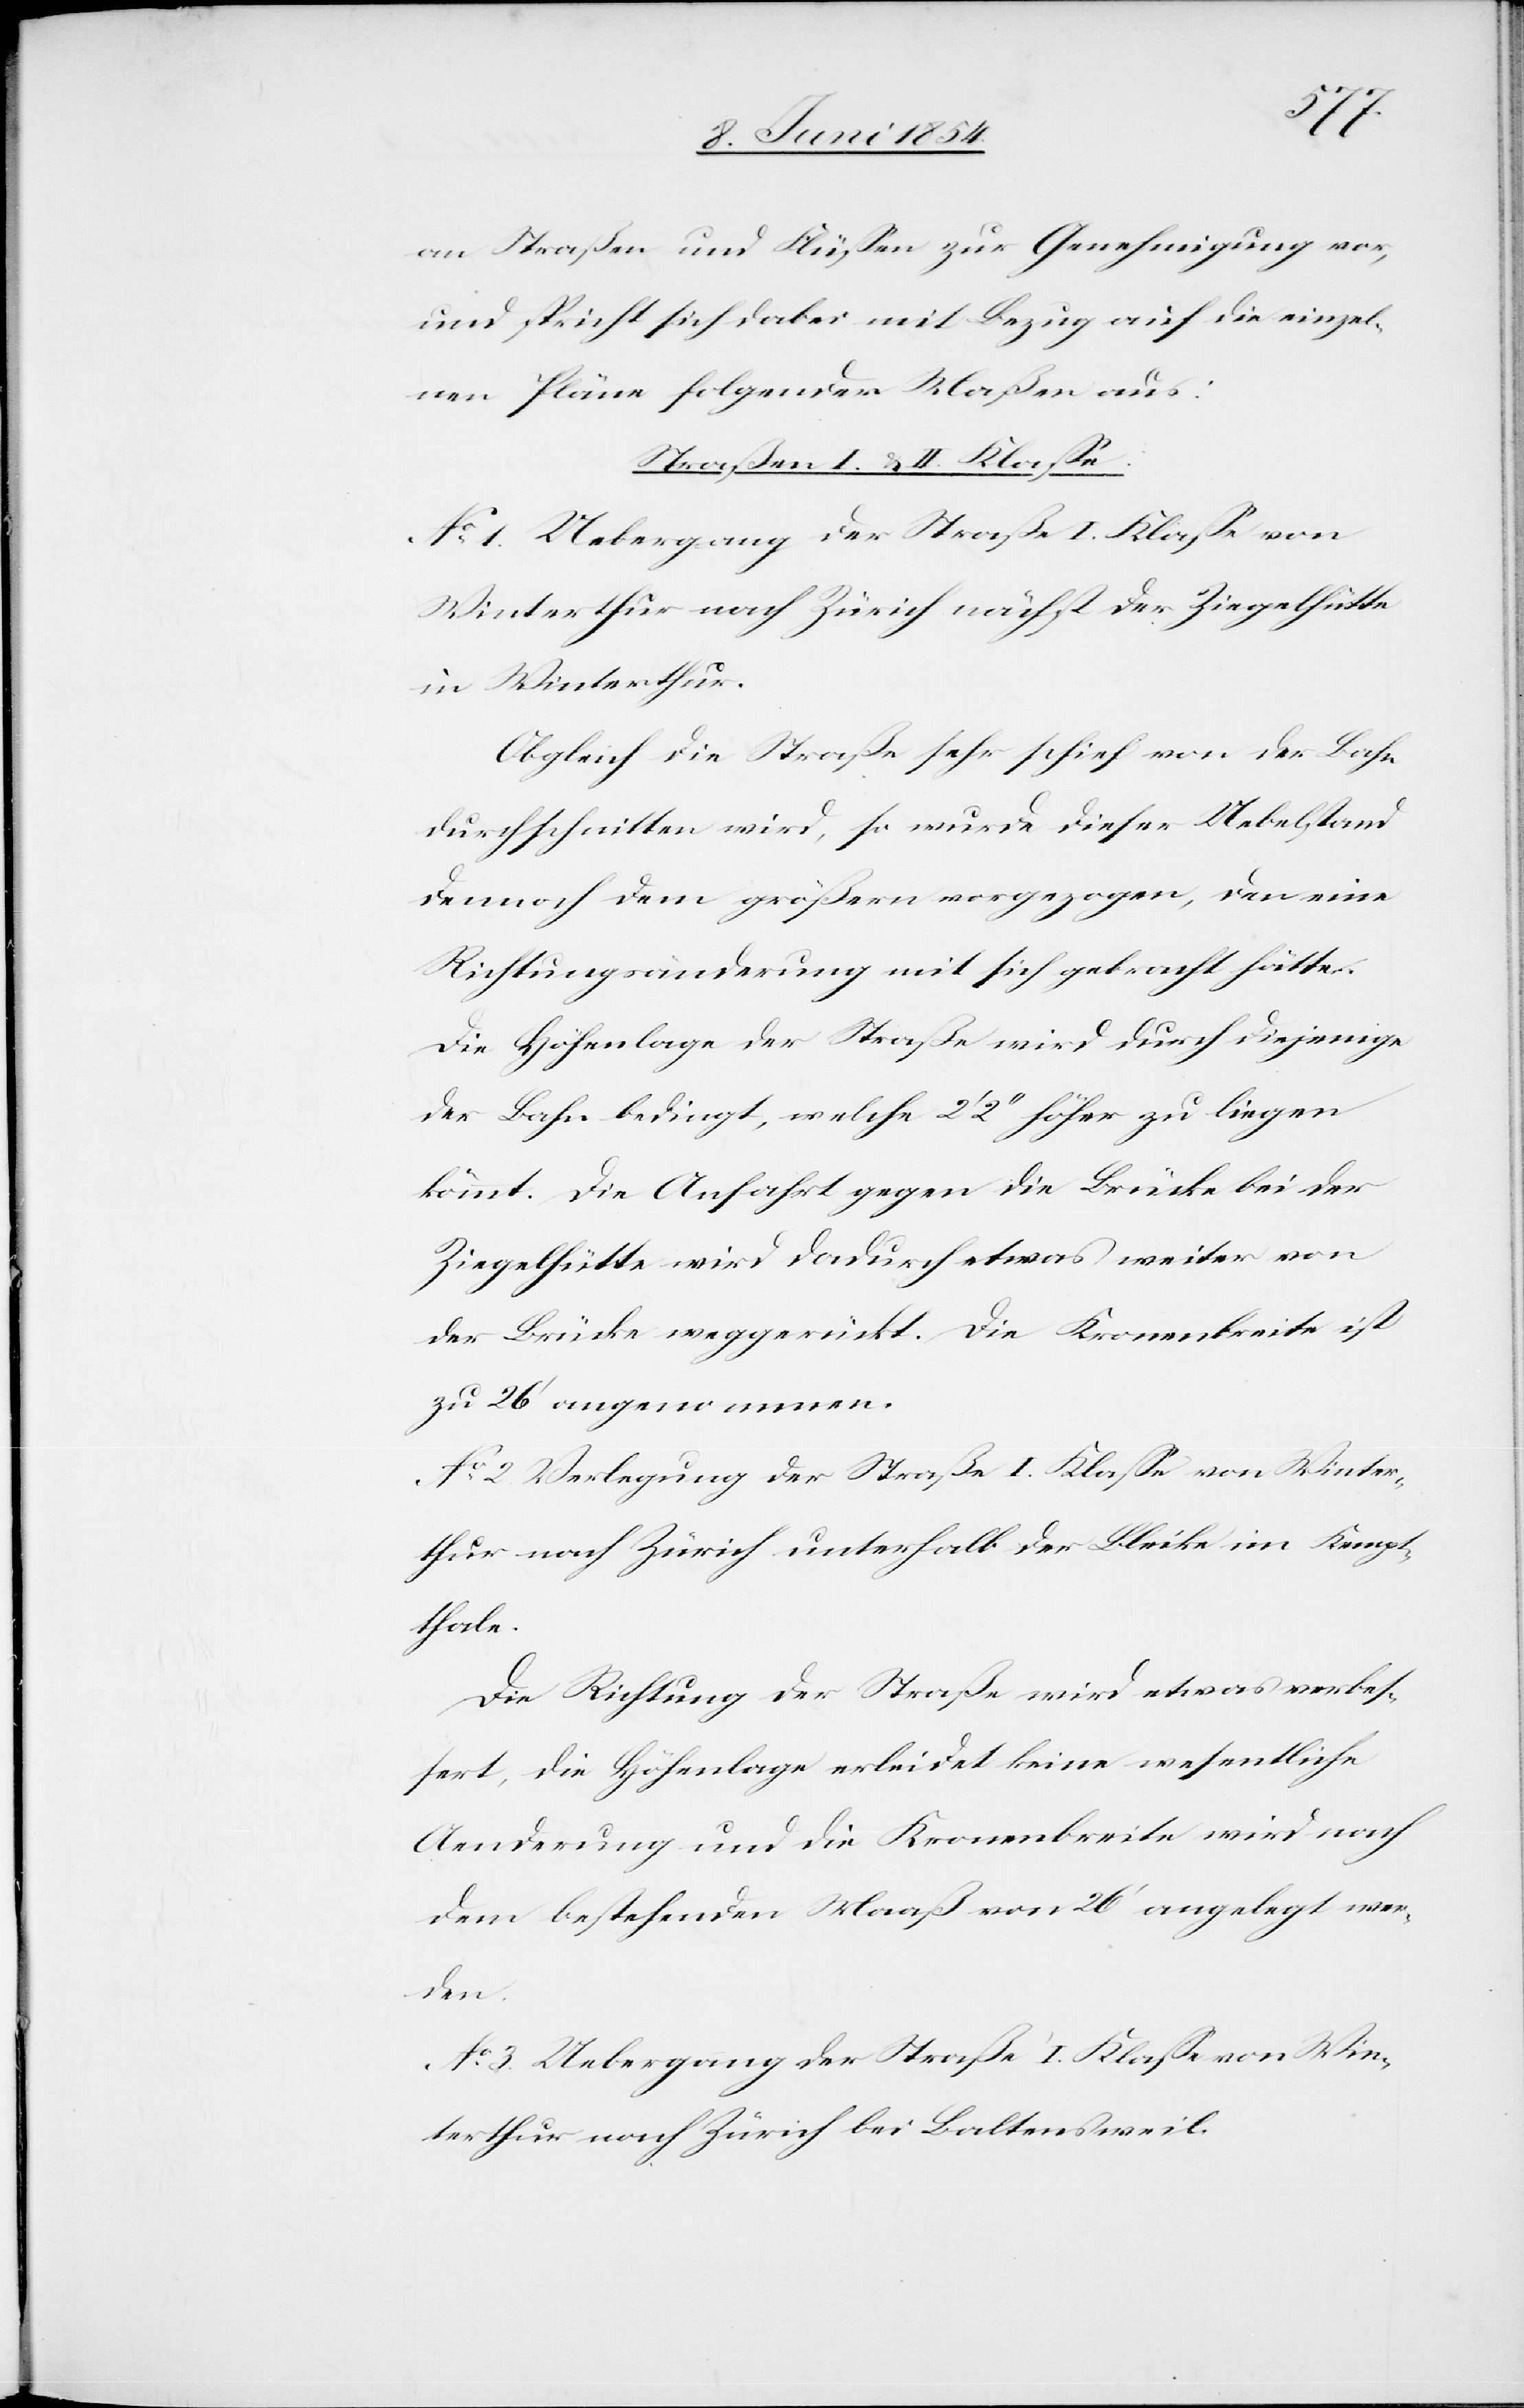
an Straßen und Flüßen zur Genehmigung vor,
und spricht sich dabei mit Bezug auf die einzel¬
nen Pläne folgender Maßen aus:
Straßen I. & II. Klaße.
No 1. Uebergang der Straße I. Klaße von
Winterthur nach Zürich nächst der Ziegelhütte
in Winterthur.
Obgleich die Straße sehr schief von der Bahn
durchschnitten wird, so wurde dieser Uebelstand
dennoch dem größern vorgezogen, den eine
Richtungsänderung mit sich gebracht hätte.
Die Höhenlage der Straße wird durch diejenige
der Bahn bedingt, welche 2‘ 2‘‘ höher zu liegen
kömmt. Die Anfahrt gegen die Brücke bei der
Ziegelhütte wird dadurch etwas weiter von
der Brücke weggerückt. Die Kronenbreite ist
zu 26‘ angenommen.
No 2. Verlegung der Straße I. Klaße von Winter¬
thur nach Zürich unterhalb der Bleike im Kempt¬
thale.
Die Richtung der Straße wird etwas verbeß¬
ert, die Höhenlage erleidet keine wesentliche
Aenderung und die Kronenbreite wird nach
dem bestehenden Maaß von 26‘ angelegt wer¬
den.
No 3. Uebergang der Straße I. Klaße von Win¬
terthur nach Zürich bei Baltensweil.